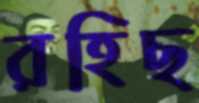
রহিছ